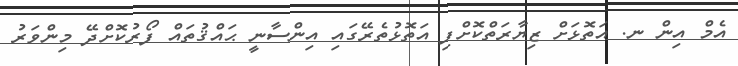
އެމް އިން ނ. އަތޮޅަށް ޒިޔާރަތްކޮށްފި އަތޮޅުތެރޭގައި އިންސާނީ ޙައްޤުތައް ފޯރުކޮށްދޭ މިންވަރު